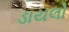
ડાયલો